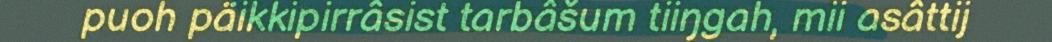
puoh päikkipirrâsist tarbâšum tiiŋgah, mii asâttij